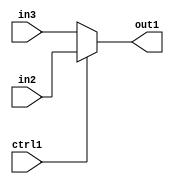
`timescale 1ps / 1ps
/*****************************************************************************
    Verilog RTL Description
    
    Generated at: 23:12:05 CST (+0800), Saturday 16 November 2019
    Generated on: ic58.cs.nthu.edu.tw
    Generated by: mc03 ()
    
    Created by: Stratus DpOpt 2017.1.02 
    Copyright (c) 2014-2015 Cadence Design Systems. All rights reserved worldwide.
    
    Cadence Design Systems proprietary and confidential
    ===================================================
    
    May contain information that incorporates Cadence Design Systems CellMath
    and other inventions claimed in Pending U.S. Patents.
    
    May contain Cadence Design Systems Trade Secrets of which use, disclosure or
    reproduction is contractually restricted or prohibited.  For more
    information, contact your legal department before any use, disclosure or
    reproduction.
*******************************************************************************/

module SobelFilter_N_Muxb_1_2_4_1 (
	in3,
	in2,
	ctrl1,
	out1
	); /* architecture "behavioural" */ 
input  in3,
	in2,
	ctrl1;
output  out1;
wire  asc001;

reg [0:0] asc001_tmp_0;
assign asc001 = asc001_tmp_0;
always @ (ctrl1 or in2 or in3) begin
	case (ctrl1)
		1'B1 : asc001_tmp_0 = in2 ;
		default : asc001_tmp_0 = in3 ;
	endcase
end

assign out1 = asc001;
endmodule

/* CADENCE  uLPwSQE= : u9/ySgnYtBlWxVDRUQkU4ug= ** DO NOT EDIT THIS LINE ******/